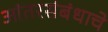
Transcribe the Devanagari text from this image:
आंतरसंबंधाचे